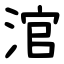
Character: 涫